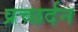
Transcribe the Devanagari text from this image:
प्रच्छर्दन